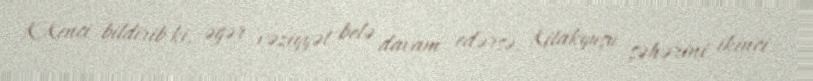
K.Kenci bildirib ki, əgər vəziyyət belə davam edərsə, Kitakyuşu şəhərini ikinci